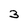
Character: 3